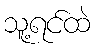
သူ့ရင်ထဲ